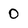
Character: o